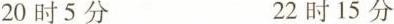
20时5分 22时15分